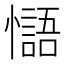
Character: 𢣸